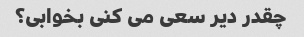
چقدر دیر سعی می کنی بخوابی؟